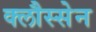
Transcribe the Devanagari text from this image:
क्लौस्सेन